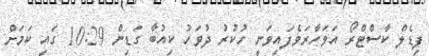
ފިޑެލް ކާސްޓްރޯ އަވަހާރަވެފައިވަނީ ހުކުރު ދުވަހު ކިއުބާ ގަޑިން 10:29 ގައި ކަމަށް